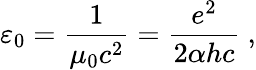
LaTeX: \varepsilon_{0}={\frac{1}{\mu_{0}c^{2}}}={\frac{e^{2}}{2\alpha hc}}\ ,